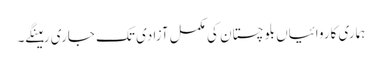
ہماری کاروائیاں بلوچستان کی مکمل آزادی تک جاری رہینگے۔